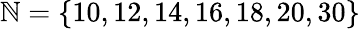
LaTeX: \mathbb{N}=\{ 10,12,14,16,18,20,30\}